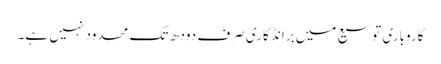
کاروباری توسیع میں برانڈ کاری صرف دودھ تک محدود نہیں ہے۔